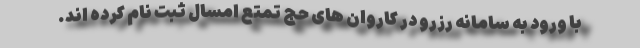
با ورود به سامانه رزرو در کاروان های حج تمتع امسال ثبت نام کرده اند.